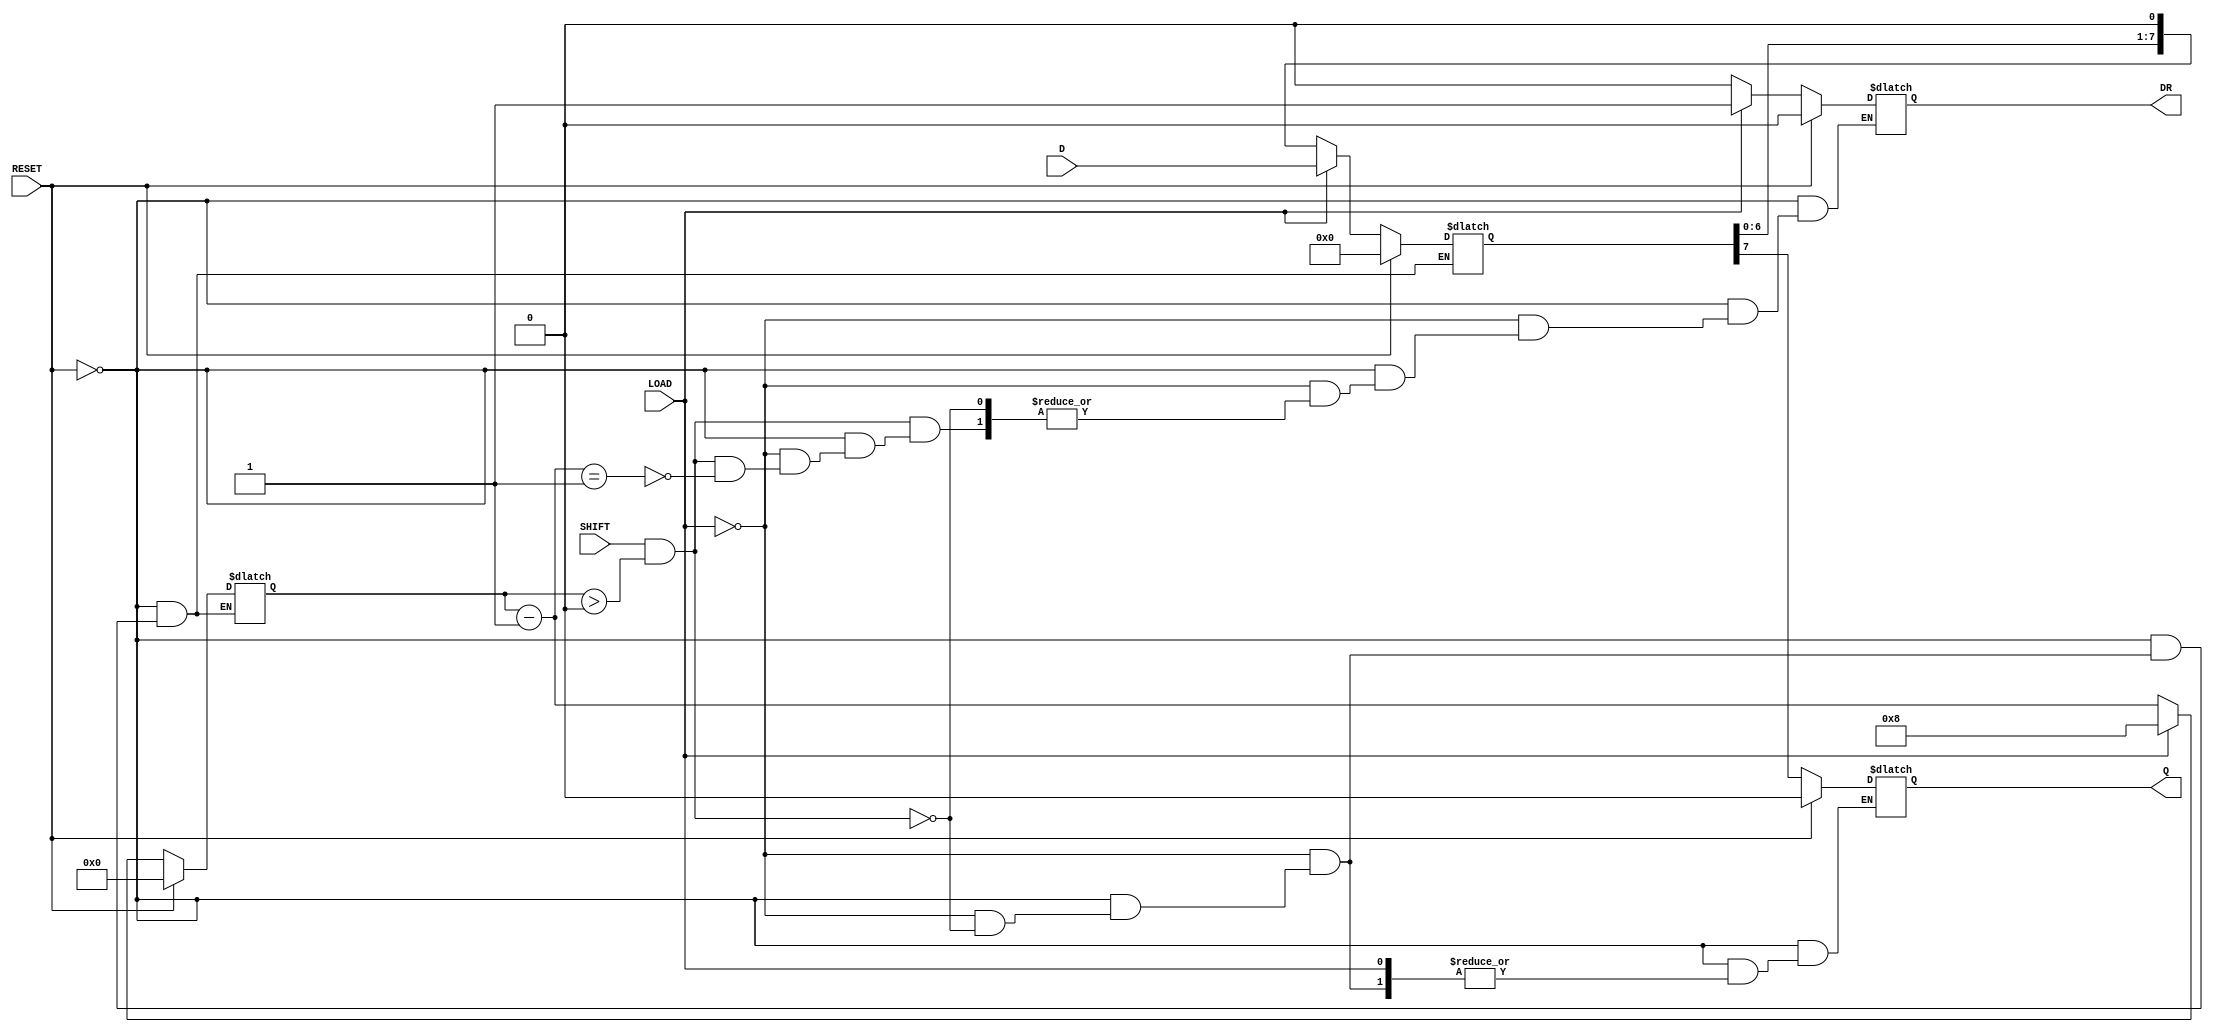
module PISO_Register #(
    parameter WIDTH = 8 // Define the width of the register
)(
    input wire [WIDTH-1:0] D,      // Parallel data input
    input wire LOAD,                // Load control signal
    input wire SHIFT,               // Shift control signal
    input wire RESET,               // Asynchronous reset signal
    output reg Q,                   // Serial output
    output reg DR                   // Data ready signal
);

    reg [WIDTH-1:0] shift_reg;      // Shift register to hold the data
    reg [3:0] bit_count;             // Counter for the number of bits shifted out

    always @* begin
        // Asynchronous reset
        if (RESET) begin
            shift_reg = 0;
            Q = 0;
            DR = 0;
            bit_count = 0;
        end else begin
            // Load data into the shift register
            if (LOAD) begin
                shift_reg = D;
                bit_count = WIDTH; // Set bit count to width
                DR = 1;            // Data is ready to be shifted out
            end else if (SHIFT && bit_count > 0) begin
                Q = shift_reg[WIDTH-1]; // Output the MSB
                shift_reg = shift_reg << 1; // Shift left
                bit_count = bit_count - 1; // Decrement bit count
                if (bit_count == 1) begin
                    DR = 0; // Clear data ready signal when all bits are shifted out
                end
            end
        end
    end

endmodule